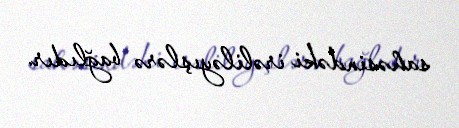
sahəsindəki irəliləyışlərə bağlıdır.